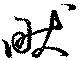
畎